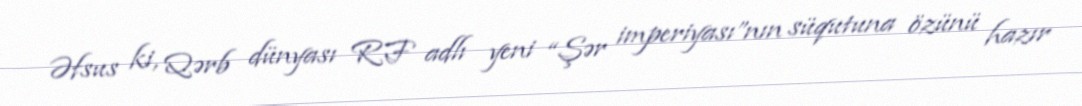
Əfsus ki, Qərb dünyası RF adlı yeni “Şər imperiyası”nın süqutuna özünü hazır